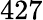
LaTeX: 427